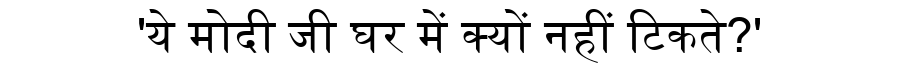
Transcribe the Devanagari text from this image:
'ये मोदी जी घर में क्यों नहीं टिकते?'